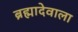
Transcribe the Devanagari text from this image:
ब्रह्मादेवाला